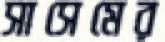
সাসেমের